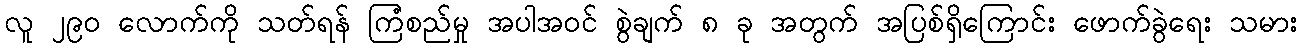
လူ ၂၉၀ လောက်ကို သတ်ရန် ကြံစည်မှု အပါအဝင် စွဲချက် ၈ ခု အတွက် အပြစ်ရှိကြောင်း ဖောက်ခွဲရေး သမား